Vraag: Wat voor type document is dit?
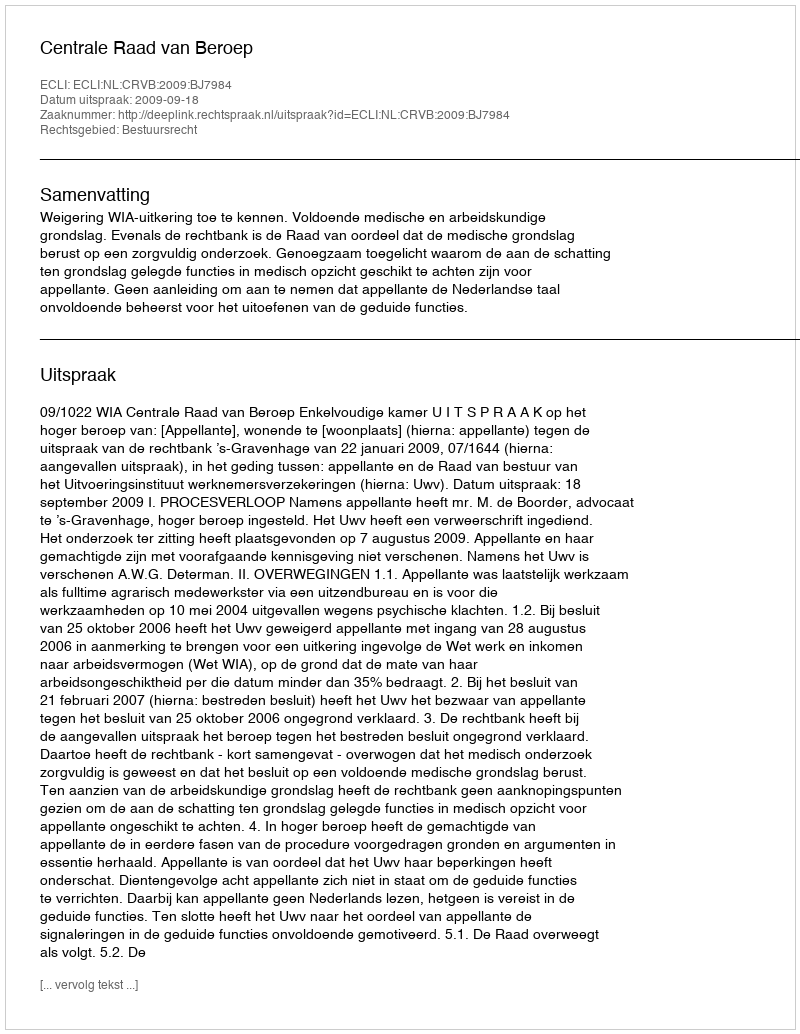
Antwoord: Uitspraak